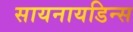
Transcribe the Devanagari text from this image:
सायनायडिन्स